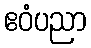
ဧဝံပညာ